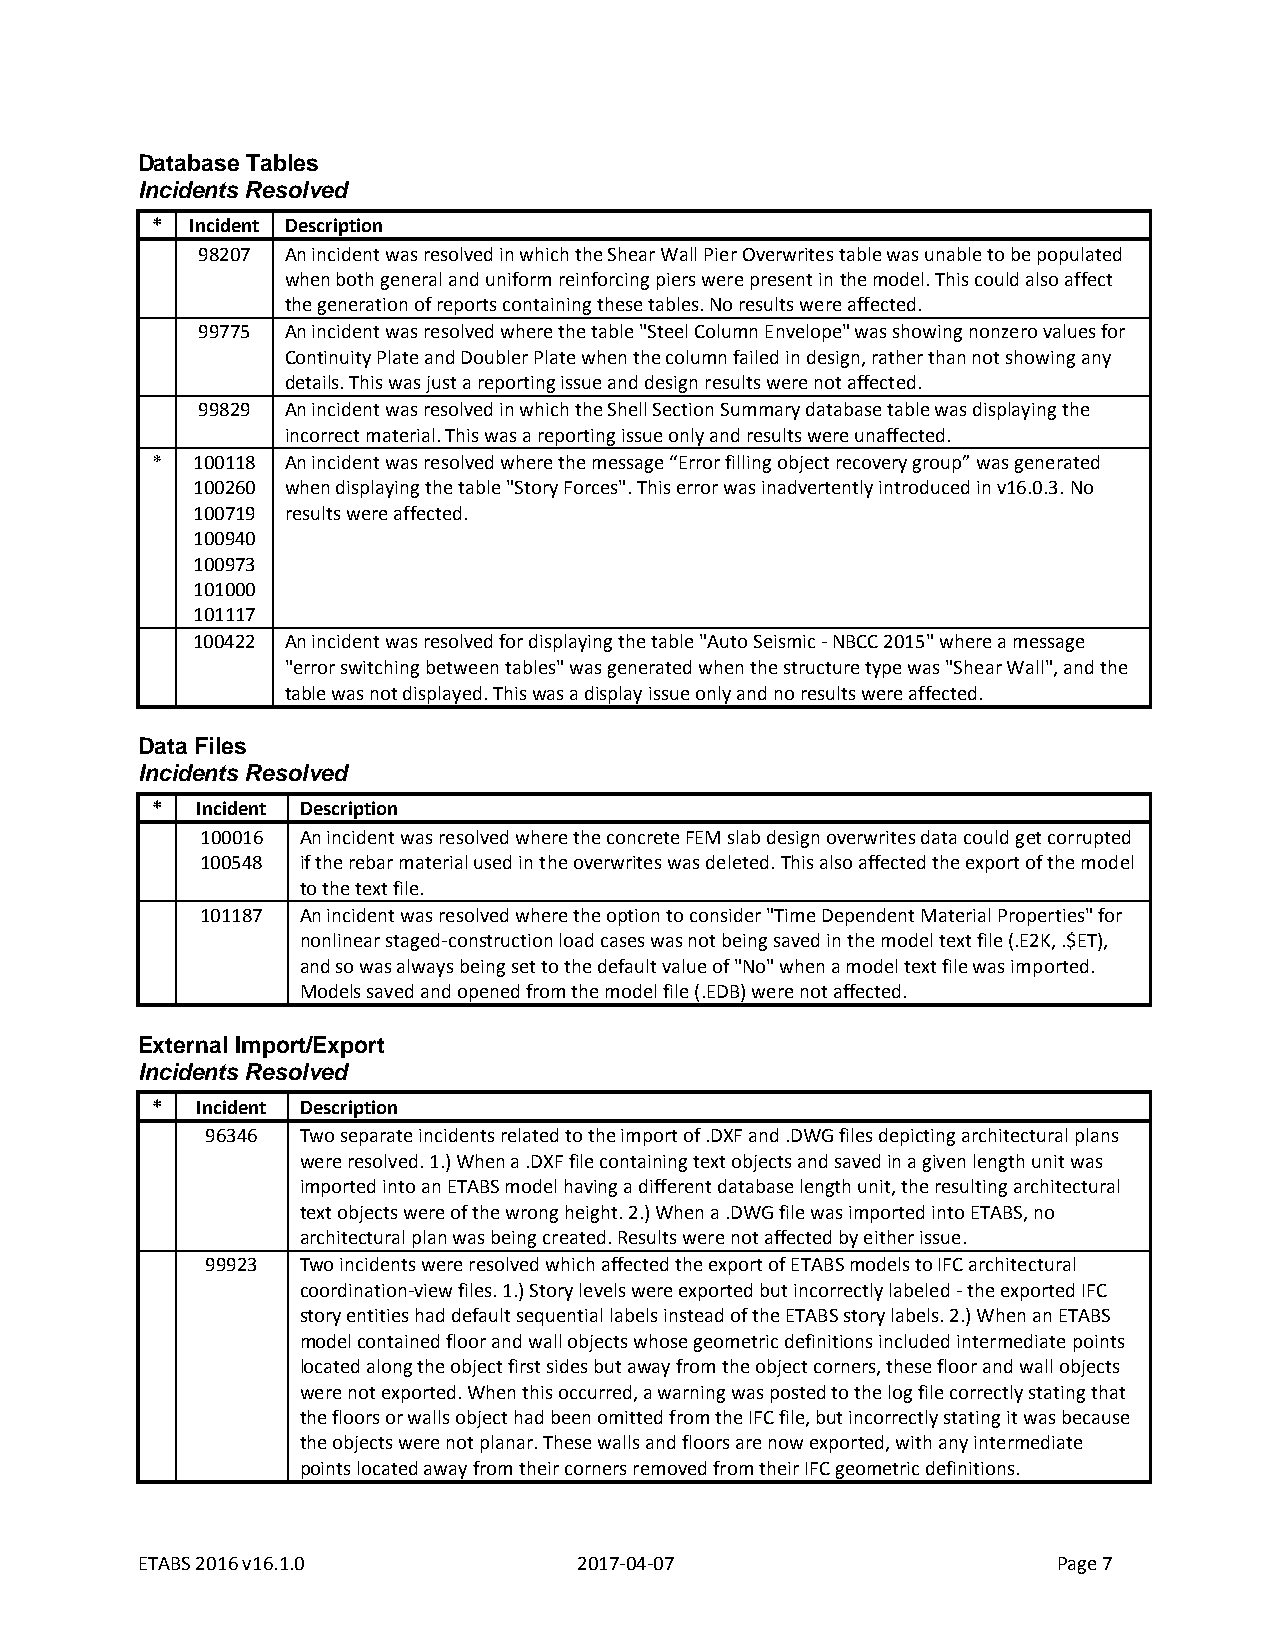
Database Tables
 Incidents Resolved
 *  Incident Description
 98207 An incident was resolved in which the Shear Wall Pier Overwrites table was unable to be populated
 when both general and uniform reinforcing piers were present in the model. This could also affect
 the generation of reports containing these tables. No results were affected.
 99775 An incident was resolved where the table "Steel Column Envelope" was showing nonzero values for
 Continuity Plate and Doubler Plate when the column failed in design, rather than not showing any
 details. This was just a reporting issue and design results were not affected.
 99829 An incident was resolved in which the Shell Section Summary database table was displaying the
 incorrect material. This was a reporting issue only and results were unaffected.
 *  100118 An incident was resolved where the message “Error filling object recovery group” was generated
 100260 when displaying the table "Story Forces". This error was inadvertently introduced in v16.0.3. No
 100719 results were affected.
 100940
 100973
 101000
 101117
 100422 An incident was resolved for displaying the table "Auto Seismic - NBCC 2015" where a message
 "error switching between tables" was generated when the structure type was "Shear Wall", and the
 table was not displayed. This was a display issue only and no results were affected.
 Data Files
 Incidents Resolved
 *  Incident Description
 100016 An incident was resolved where the concrete FEM slab design overwrites data could get corrupted
 100548 if the rebar material used in the overwrites was deleted. This also affected the export of the model
 to the text file.
 101187 An incident was resolved where the option to consider "Time Dependent Material Properties" for
 nonlinear staged-construction load cases was not being saved in the model text file (.E2K, .$ET),
 and so was always being set to the default value of "No" when a model text file was imported.
 Models saved and opened from the model file (.EDB) were not affected.
 External Import/Export
 Incidents Resolved
 *  Incident Description
 96346 Two separate incidents related to the import of .DXF and .DWG files depicting architectural plans
 were resolved. 1.) When a .DXF file containing text objects and saved in a given length unit was
 imported into an ETABS model having a different database length unit, the resulting architectural
 text objects were of the wrong height. 2.) When a .DWG file was imported into ETABS, no
 architectural plan was being created. Results were not affected by either issue.
 99923 Two incidents were resolved which affected the export of ETABS models to IFC architectural
 coordination-view files. 1.) Story levels were exported but incorrectly labeled - the exported IFC
 story entities had default sequential labels instead of the ETABS story labels. 2.) When an ETABS
 model contained floor and wall objects whose geometric definitions included intermediate points
 located along the object first sides but away from the object corners, these floor and wall objects
 were not exported. When this occurred, a warning was posted to the log file correctly stating that
 the floors or walls object had been omitted from the IFC file, but incorrectly stating it was because
 the objects were not planar. These walls and floors are now exported, with any intermediate
 points located away from their corners removed from their IFC geometric definitions.
 ETABS 2016 v16.1.0           2017-04-07                      Page 7